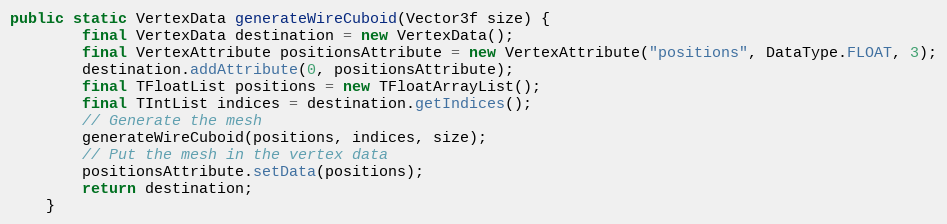
Language: Java
public static VertexData generateWireCuboid(Vector3f size) {
        final VertexData destination = new VertexData();
        final VertexAttribute positionsAttribute = new VertexAttribute("positions", DataType.FLOAT, 3);
        destination.addAttribute(0, positionsAttribute);
        final TFloatList positions = new TFloatArrayList();
        final TIntList indices = destination.getIndices();
        // Generate the mesh
        generateWireCuboid(positions, indices, size);
        // Put the mesh in the vertex data
        positionsAttribute.setData(positions);
        return destination;
    }